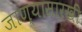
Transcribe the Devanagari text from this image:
जाण्यासारखी